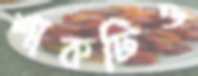
শাকটিও